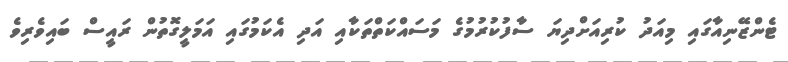
ޓެންޒޭނިއާގައި މިއަދު ކުރިއަށްދިޔަ ސާފުކުރުމުގެ މަސައްކަތްތަކާއި އަދި އެކަމުގައި އަމަލީގޮތުން ރައީސް ބައިވެރިވެ